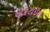
એરટાઇમ